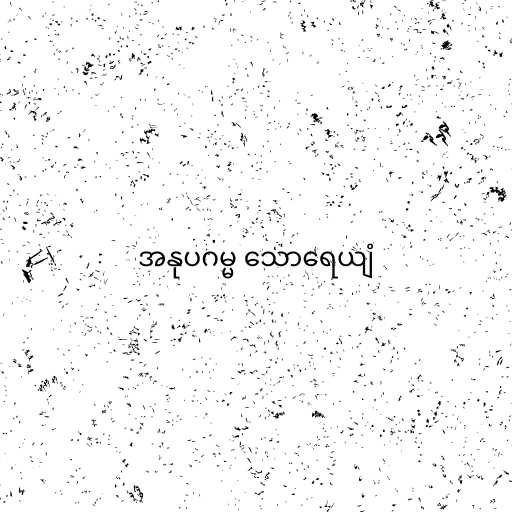
အနုပဂမ္မ သောရေယျံ